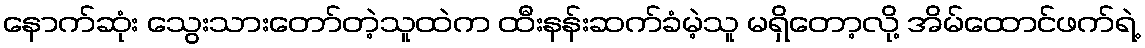
နောက်ဆုံး သွေးသားတော်တဲ့သူထဲက ထီးနန်းဆက်ခံမဲ့သူ မရှိတော့လို့ အိမ်ထောင်ဖက်ရဲ့